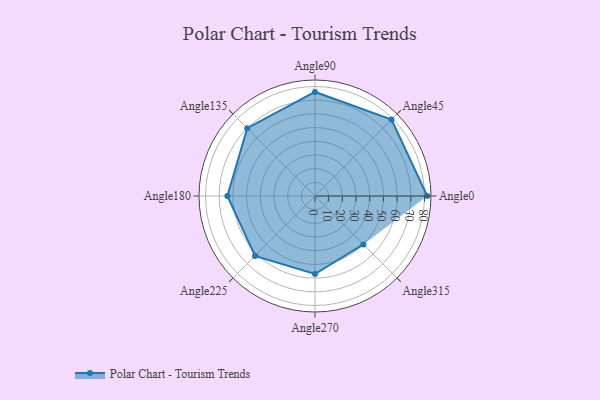
{"axis": {"x": "Angle", "y": "Radius"}, "legend": [""], "data": [{"x": "Angle0", "y": 82.0, "type": ""}, {"x": "Angle45", "y": 79.0, "type": ""}, {"x": "Angle90", "y": 76.0, "type": ""}, {"x": "Angle135", "y": 70.0, "type": ""}, {"x": "Angle180", "y": 64.0, "type": ""}, {"x": "Angle225", "y": 62.0, "type": ""}, {"x": "Angle270", "y": 57.0, "type": ""}, {"x": "Angle315", "y": 50, "type": ""}]}